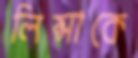
লিপ্সাকে